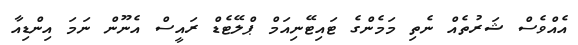
އެއްވެސް ޝަރުތެއް ނެތި މަމެންގެ ޓައިޓޭނިއަމް ޕްލޭޓެޑް ރައީސް އެނޫން ނަމަ އިންޑިއާ